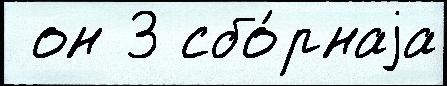
 он 3 сбо́рнаjа